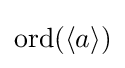
\operatorname {ord} (\langle a\rangle )